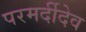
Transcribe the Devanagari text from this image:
परमर्दीदेव